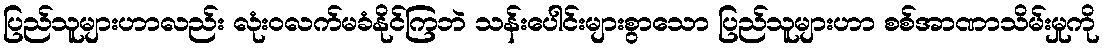
ပြည်သူများဟာလည်း လုံးဝလက်မခံနိုင်ကြဘဲ သန်းပေါင်းများစွာသော ပြည်သူများဟာ စစ်အာဏာသိမ်းမှုကို